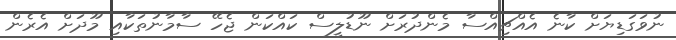
ނުވަގަޑިޔަށް ކާނެ އެއްޗިއްސާ މެންދުރަށް ނޫޑުލީސް ކައްކަން ޖެހޭ ސާމާނުތަކާއި މޫދަށް އެރެން